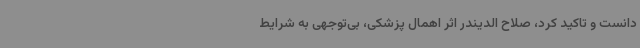
دانست و تاکید کرد، صلاح الدیندر اثر اهمال پزشکی، بی‌توجهی به شرایط